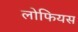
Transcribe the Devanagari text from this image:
लोफियस